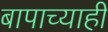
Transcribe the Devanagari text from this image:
बापाच्याही